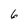
Character: 6